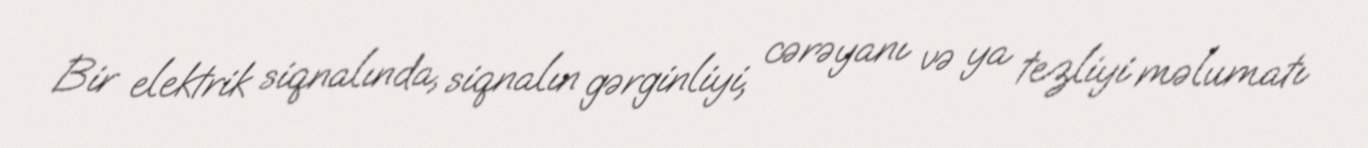
Bir elektrik siqnalında, siqnalın gərginliyi, cərəyanı və ya tezliyi məlumatı